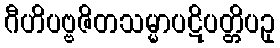
ဂီဟိပဗ္ဗဇိတသမ္မာပဋိပတ္တိပဥှ